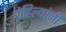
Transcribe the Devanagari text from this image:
रोहिल्यांनी